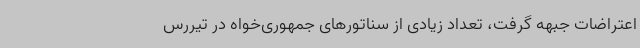
اعتراضات جبهه گرفت، تعداد زیادی از سناتورهای جمهوری‌خواه در تیررس